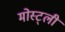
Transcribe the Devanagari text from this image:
मोस्ट्ली